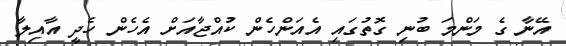
އޭނާ ގެ މަންމަ ބުނި ގޮތުގައި އެއަންހެން ކުއްޖާއަށް އެހެން ހެދީ އާއިލާ